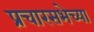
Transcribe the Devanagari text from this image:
प्रचारसभेच्या